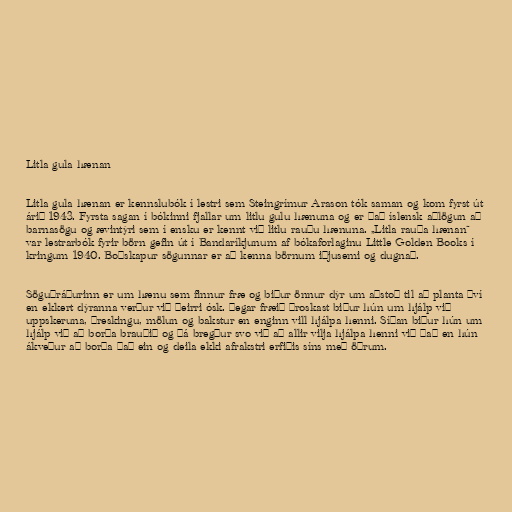
Litla gula hænan

Litla gula hænan er kennslubók í lestri sem Steingrímur Arason tók saman og kom fyrst út
árið 1943. Fyrsta sagan í bókinni fjallar um litlu gulu hænuna og er það íslensk aðlögun að
barnasögu og ævintýri sem í ensku er kennt við litlu rauðu hænuna. „Litla rauða hænan“
var lestrarbók fyrir börn gefin út í Bandaríkjunum af bókaforlaginu Little Golden Books í
kringum 1940. Boðskapur sögunnar er að kenna börnum iðjusemi og dugnað.

Söguþráðurinn er um hænu sem finnur fræ og biður önnur dýr um aðstoð til að planta því
en ekkert dýranna verður við þeirri ósk. Þegar fræið þroskast biður hún um hjálp við
uppskeruna, þreskingu, mölun og bakstur en enginn vill hjálpa henni. Síðan biður hún um
hjálp við að borða brauðið og þá bregður svo við að allir vilja hjálpa henni við það en hún
ákveður að borða það ein og deila ekki afrakstri erfiðis síns með öðrum.